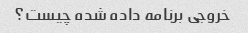
خروجی برنامه داده شده چیست؟